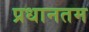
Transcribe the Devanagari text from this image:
प्रधानतम